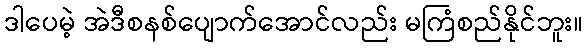
ဒါပေမဲ့ အဲဒီစနစ်ပျောက်အောင်လည်း မကြံစည်နိုင်ဘူး။